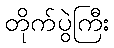
တိုက်ပွဲကြီး